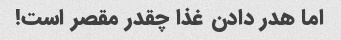
اما هدر دادن غذا چقدر مقصر است!